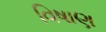
વિષાણ